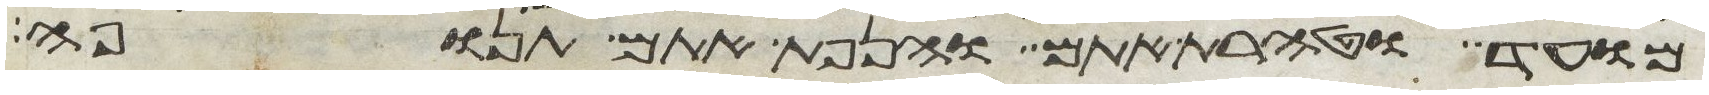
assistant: מועד וטהרת אתם והנפת אתם תנופה